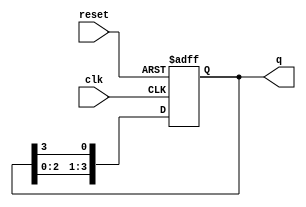
module ring_counter #(parameter N = 4) (
    input wire clk,          // Clock input
    input wire reset,        // Asynchronous reset input
    output reg [N-1:0] q     // Output state of the counter
);

    // Initial state
    initial begin
        q = 1'b1; // Set the first flip-flop to '1' initially
    end

    // Always block triggered on clock's rising edge and reset
    always @(posedge clk or posedge reset) begin
        if (reset) begin
            // On reset, initialize the counter
            q <= 1'b1; // Set first flip-flop to '1'
        end else begin
            // Shift the '1' through the stages
            q <= {q[N-2:0], q[N-1]}; // Shift left and wrap around
        end
    end

endmodule